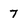
Character: 7